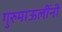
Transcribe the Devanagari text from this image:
गुरुमाऊलींनी